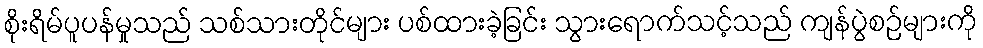
စိုးရိမ်ပူပန်မှုသည် သစ်သားတိုင်များ ပစ်ထားခဲ့ခြင်း သွားရောက်သင့်သည် ကျန်ပွဲစဉ်များကို